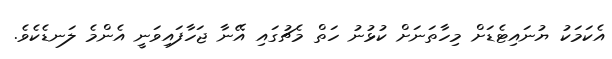
އެކަމަކު ޔުނައިޓެޑަށް މިހާތަނަށް ކުޅުނު ހަތް މެޗުގައި އޭނާ ޖަހާފައިވަނީ އެންމެ ލަނޑެކެވެ.